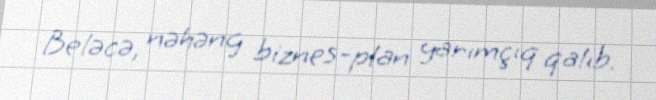
Beləcə, nəhəng biznes-plan yarımçıq qalıb.